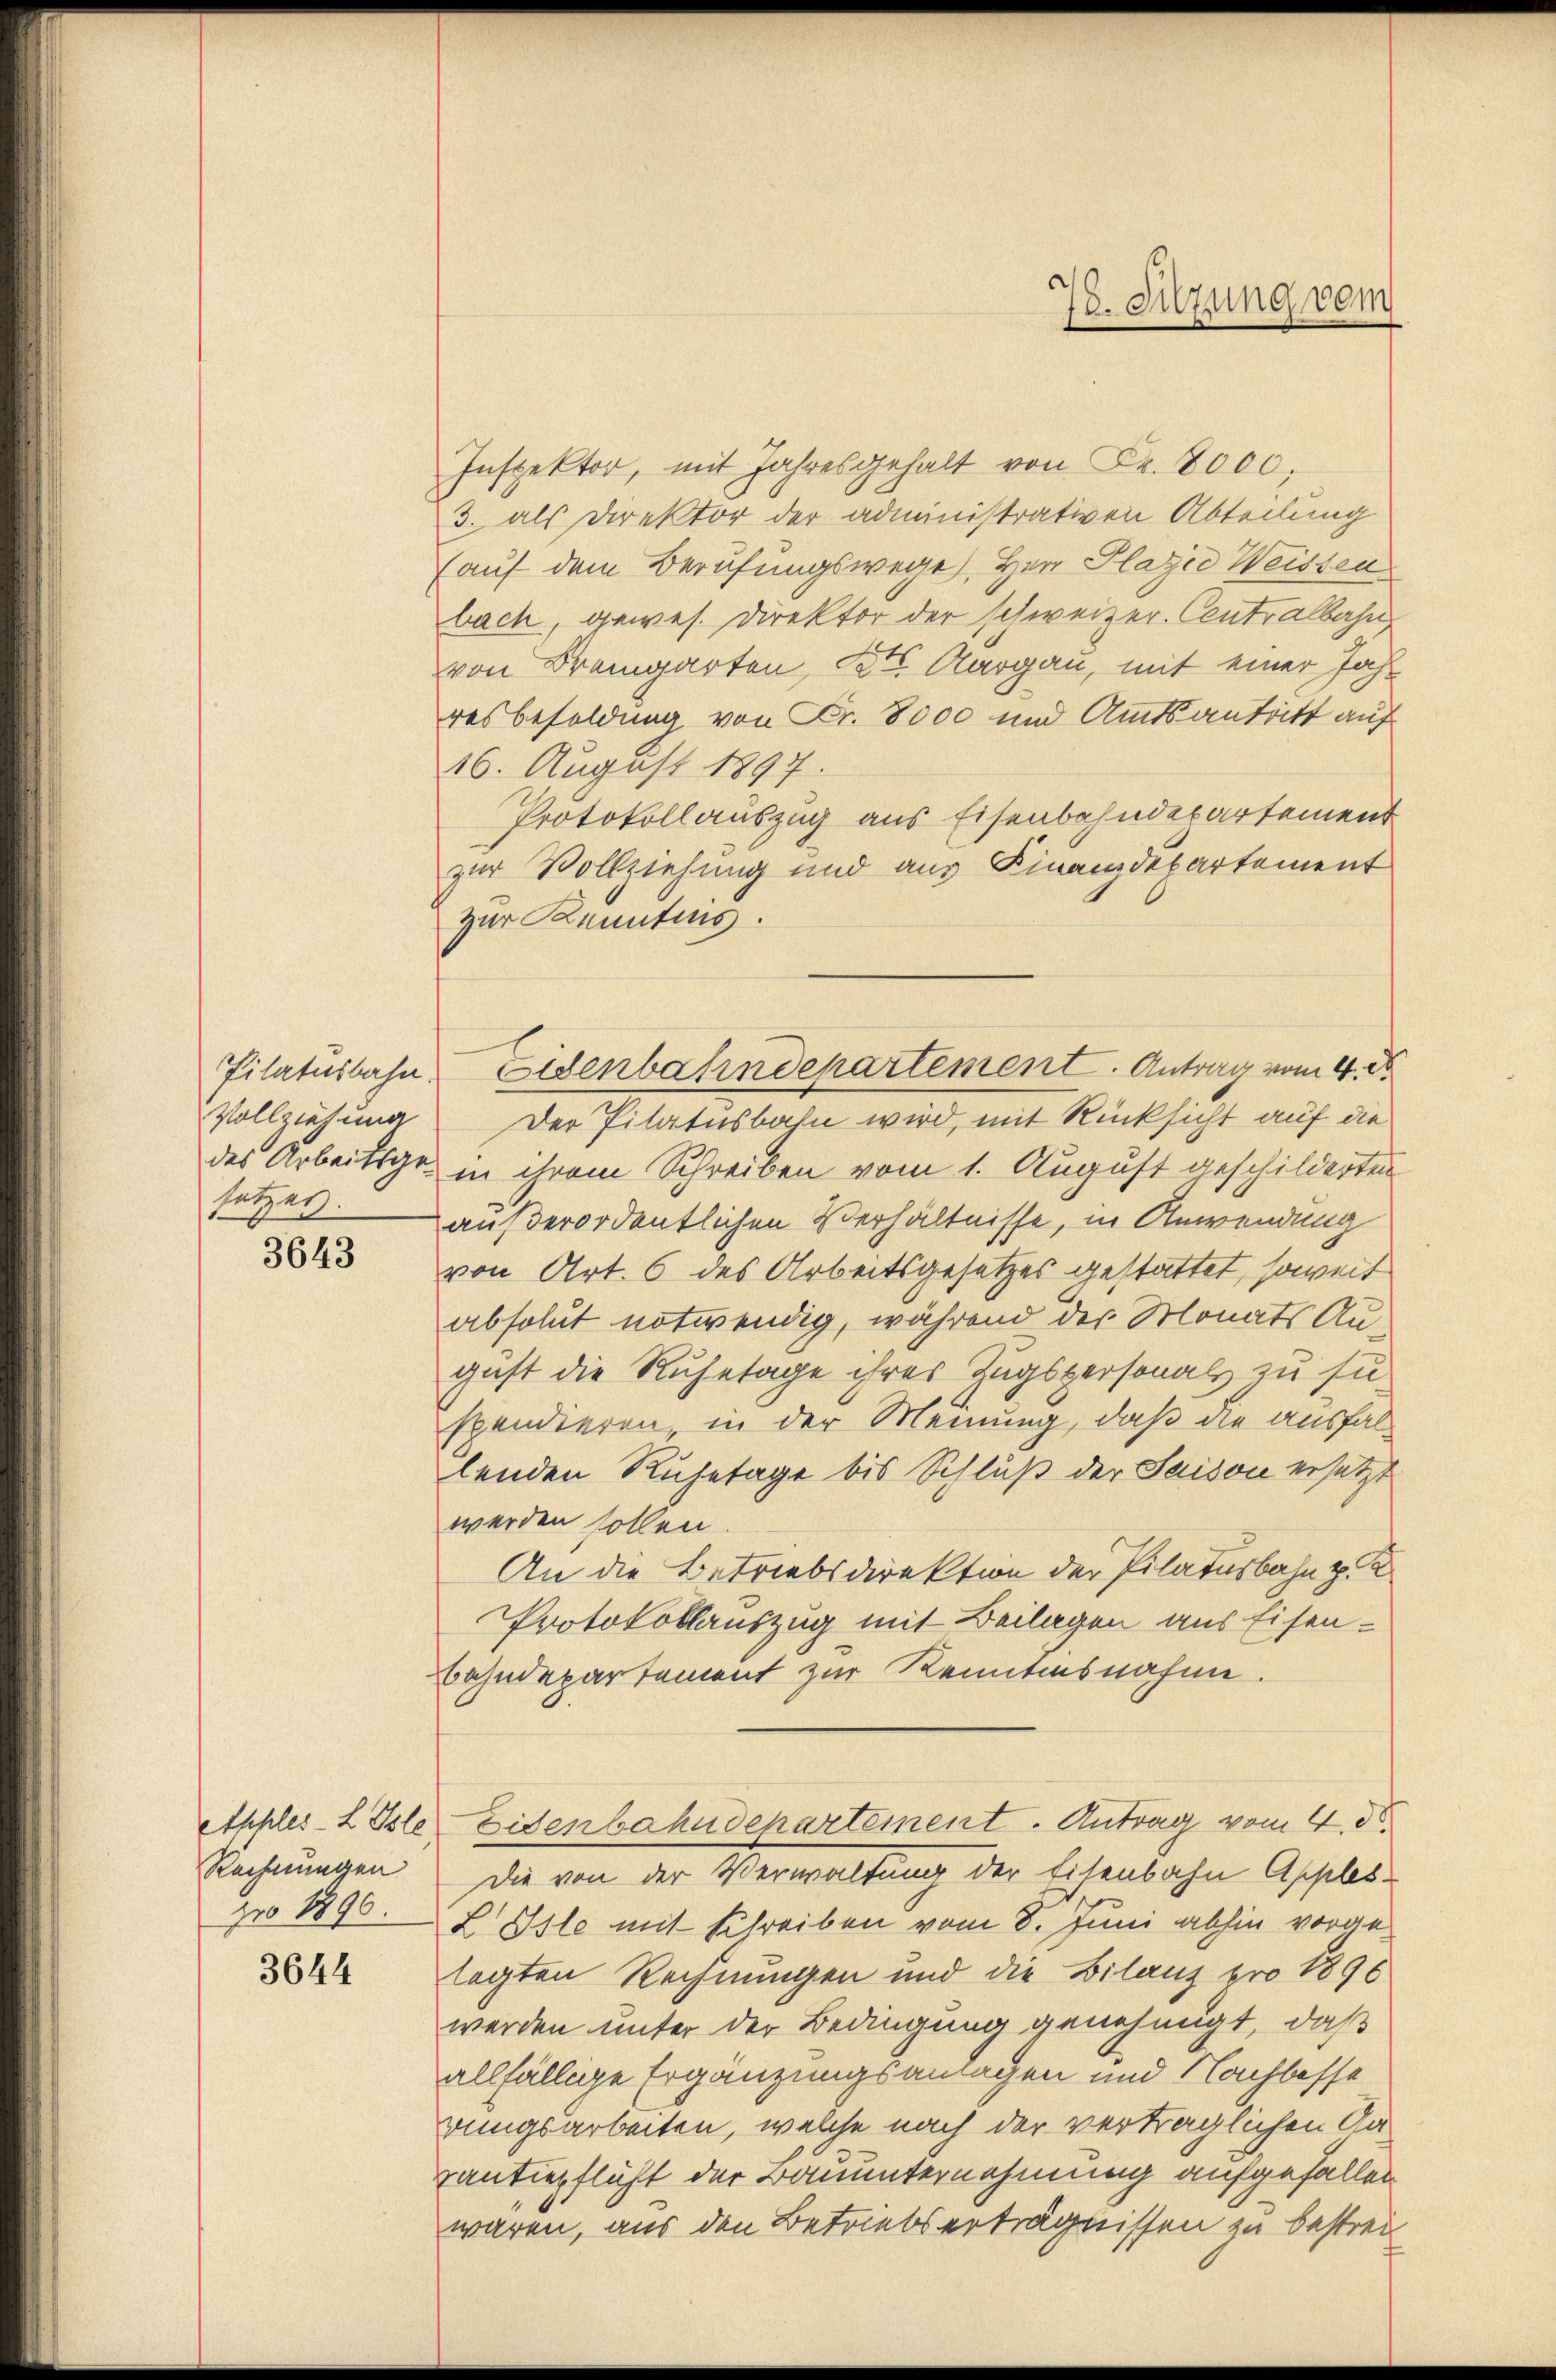
Pilatusbahn.
Vollziehung
setzes.

3643

Rechnungen
pro 1890.

3644

Inspektor, mit Jahresgehalt von Fr. 8000,
3. als Direktor der administrativen Abteilung
(auf dem Berufungswege Herr Plazić Weissen
bach, gewes. Direktor der schweizer. Contralbahn
von Bremgarten, Kts. Aargau, mit einer Jahr
resbesoldung von Fr. 8000 und Amtsantritt auf
16. August 1897.
Protokollauszug aus Eisenbahndepartement
zur Vollziehung und aus Finanzdepartement
zur Kenntnus.
Der Pilatusbahn wird, mit Rücksicht auf die
des Arbeitsgr. in ihrem Schreiben vom 1. August geschilderten
außerordentlichen Verhältnisse, in Anwendung
von Art. 6 des Arbeitsgesetzes gestattet, soweit
absolut notwendig, während der Monats Angust die Ruhetage ihres Zugspersonals zu suspendieren in der Meinung, daß die ausfallenden Ruhetage bis Schluß der Saison ersetzt
werden sollen.
An die Betriebsdirektion der Pilatusbahn z. B
Protokollauszug mit Beilagen aus Eisen¬
Bahndepartement zur Kenntnisnahme.
Apples-L Isler Eisenbahndepartement. Antrag vom 4. d.
Die von der Verwaltung der Eisenbahn Apples-
L Isle mit Schreiben vom 8. Juni abhin vorgelagten Rechnungen und die Bilanz pro 1896
werden unter der Bedingung genehmigt, daß
allfällige Ergänzungsanlagen und Nachbesse
rungsarbeiten, welche nach der verträglichen An¬
Kantiepflicht der Bauunternehmung aufgefallen
waren, aus den Betriebserträgnissen zu bestrei

76. Sitzung vom

Eisenbahndchartement. Antrag vom 4. d.